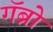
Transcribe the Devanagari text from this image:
गॅब्रो